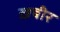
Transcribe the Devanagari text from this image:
ख़बीर